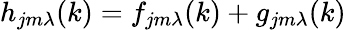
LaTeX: h_{jm\lambda}(k)=f_{jm\lambda}(k)+g_{jm\lambda}(k)